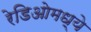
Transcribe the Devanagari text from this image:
रेडिओमध्ये